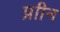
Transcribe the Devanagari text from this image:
प्राीन